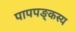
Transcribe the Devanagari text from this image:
पापपङ्कस्य